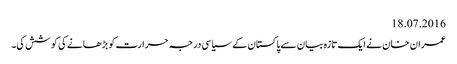
18.07.2016
عمران خان نے ایک تازہ بیان سے پاکستان کے سیاسی درجہ حرارت کو بڑھانے کی کوشش کی۔